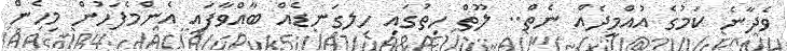
ވެދާނެ ކަމުގެ އުއްމީދެއް ނެތް.. ލޫތް ހިތުގައި ހިލގަނޑެއް ބާއްވާފައި އެންމެފަހުން މިހެން